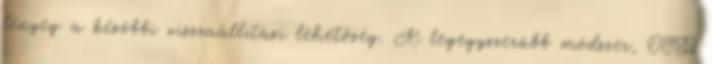
lényeg a későbbi visszaállítási lehetőség. A legegyszerűbb módszer, OSB